Malaria in the Duars
Disease focus: Malaria
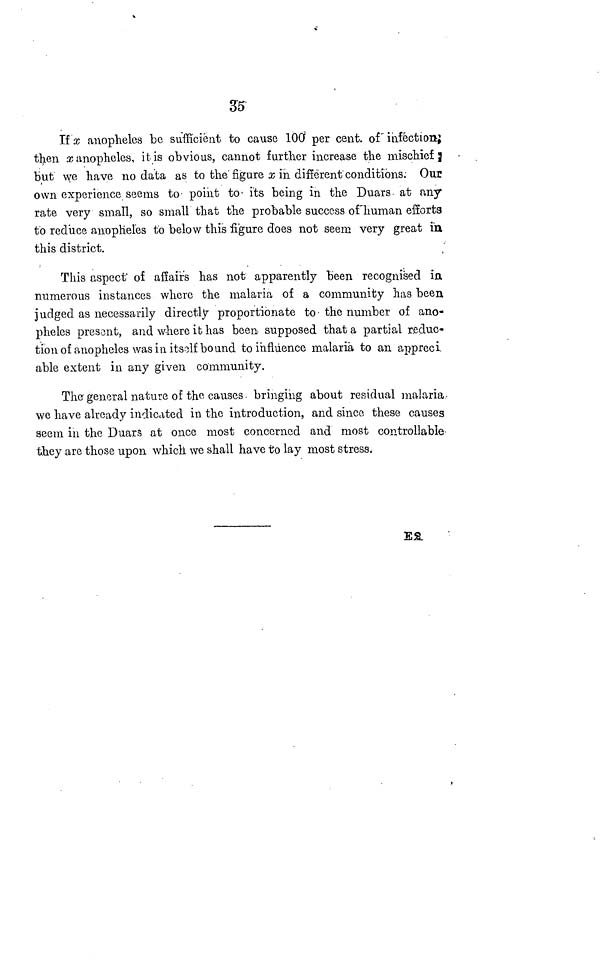
3$
If x anopheles be sufficient to cause 100 per cent, of infection;
then x anopheles, it is obvious, cannot further increase the mischief
but we have no data as to the figure x in different conditions. Our
own experience seems to point to its being in the Duars at any
rate very small, so small that the probable success of human efforts
to reduce anopheles to below this figure does not seem very great in
this district.
This aspect of affairs has not apparently been recognised in.
numerous instances where the malaria of a community has been
judged as necessarily directly proportionate to the number of ano-
pheles present, and where it has been supposed that a partial reduc-
tion of anopheles was in itself bound to influence malaria to an appreci.
able extent in any given community.
The general nature of the causes. bringing about residual malaria-
we have already indicated in the introduction, and since these causes
seem in the Duars at once most concerned and most controllable
they are those upon which we shall have to lay most stress.
E2